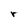
Character: r